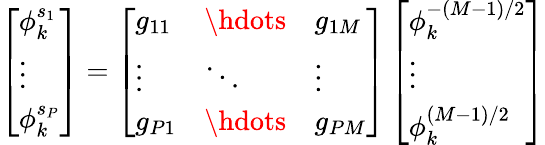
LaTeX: \left[\begin{array}{l}{\phi_{k}^{s_{1}}}\\ {\vdots}\\ {\phi_{k}^{s_{P}}}\end{array}\right]=\left[\begin{array}{lll}{g_{11}}&{\hdots}&{g_{1M}}\\ {\vdots}&{\ddots}&{\vdots}\\ {g_{P1}}&{\hdots}&{g_{PM}}\end{array}\right]\left[\begin{array}{l}{\phi_{k}^{-(M{-}1)/2}}\\ {\vdots}\\ {\phi_{k}^{(M{-}1)/2}}\end{array}\right]